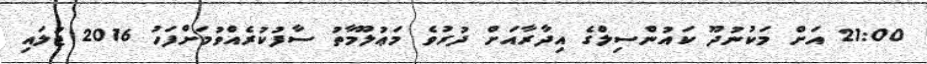
21:00 އަށް މަކުނުދޫ ކައުންސިލްގެ އިދާރާއަށް ދުރުވެ މަޢުލޫމާތު ސާފުކުރެއްވުމަށްފަހު 2016 ޖުލައި